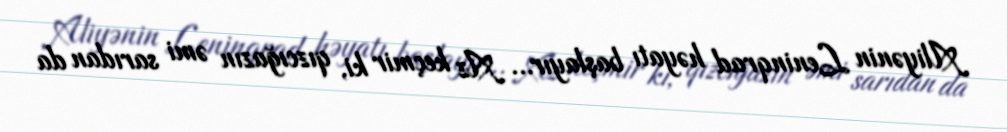
Aliyənin Leninqrad həyatı başlayır… Az keçmir ki, qızcığazın əmi sarıdan da